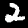
Digit: 2